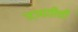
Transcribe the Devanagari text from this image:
ज्ञातीची